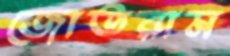
জোতরাম